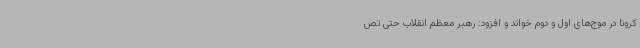
کرونا در موج‌های اول و دوم خواند و افزود: رهبر معظم انقلاب حتی تص